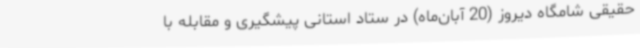
حقیقی شامگاه دیروز (20 آبان‌ماه) در ستاد استانی پیشگیری و مقابله با